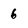
Character: 6